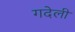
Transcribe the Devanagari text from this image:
गदेली